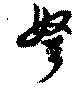
弩